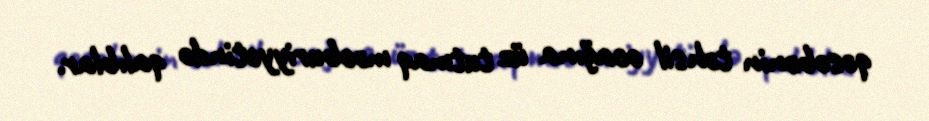
qəsəbənin təhsil ocağına üz tutmaq məcburiyyətində qalıblar.